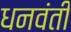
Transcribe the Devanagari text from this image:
धनवंती